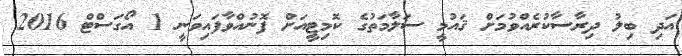
އަދި ބިލު ދިރާސާކުރެއްވުމަށް ޤައުމީ ސަލާމަތުގެ ކޮމިޓީއަށް ފޮނުއްވާފައިވަނީ 1 އޯގަސްޓް 2016